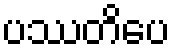
ပဿတိပေ